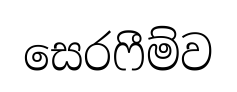
සෙරෆීම්ව